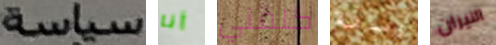
سياسة أنا كلفني وسامة النيران